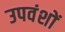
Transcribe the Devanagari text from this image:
उपवंशों